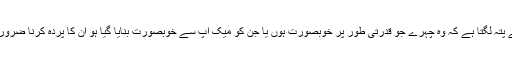
اس سے پتہ لگتا ہے کہ وہ چہرے جو قدرتی طور پر خوبصورت ہوں یا جن کو میک اپ سے خوبصورت بنایا گیا ہو ان کا پردہ کرنا ضروری ہے۔